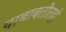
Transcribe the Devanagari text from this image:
याबाबतीतही